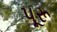
પૂરૂ